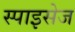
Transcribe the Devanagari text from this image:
स्पाइसेज